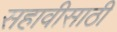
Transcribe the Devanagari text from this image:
सहावीसाठी